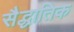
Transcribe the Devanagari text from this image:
सैद्धातिक